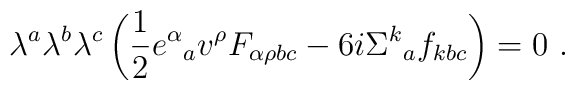
\lambda^{a}\lambda^{b}\lambda^{c}\left(	\frac{1}{2}e^{\alpha}{}_{a} v^{\rho}F_{\alpha\rho b c}	- 6 i \Sigma^{k}{}_{a} f_{k b c}\right) = 0\ .